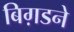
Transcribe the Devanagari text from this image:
बिग़डने